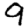
Digit: 9